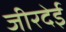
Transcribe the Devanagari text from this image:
जीरदेई